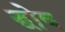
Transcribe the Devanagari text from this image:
द्घोष